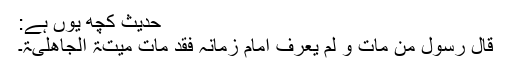
حدیث کچھ یوں ہے:
قال رسولؐ من مات و لم یعرف امام زمانہ فقد مات میتۃ الجاھلیۃ۔